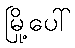
မြို့ပေါ်